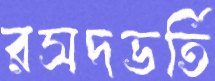
রসদভর্তি